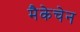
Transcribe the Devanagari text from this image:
मैकेचेन